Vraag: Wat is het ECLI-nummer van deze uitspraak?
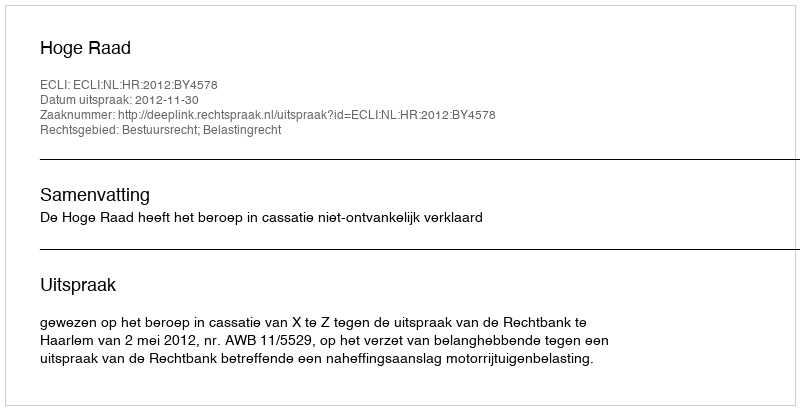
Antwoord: ECLI:NL:HR:2012:BY4578